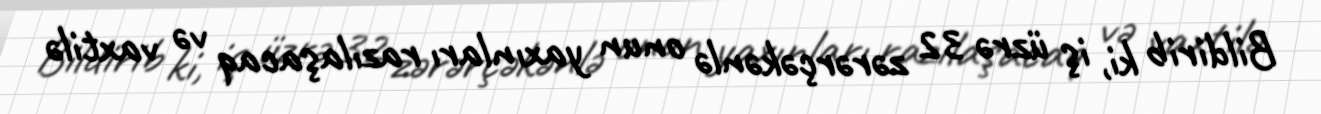
Bildirib ki, iş üzrə 32 zərərçəkənlə onun yaxınları razılaşacaq və vaxtilə